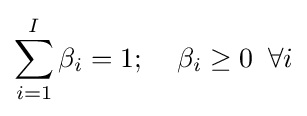
\sum \limits _{i=1}^{I}\beta _{i}=1;\;\;\;\;\beta _{i}\geq 0\;\;\forall i